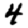
Digit: 4